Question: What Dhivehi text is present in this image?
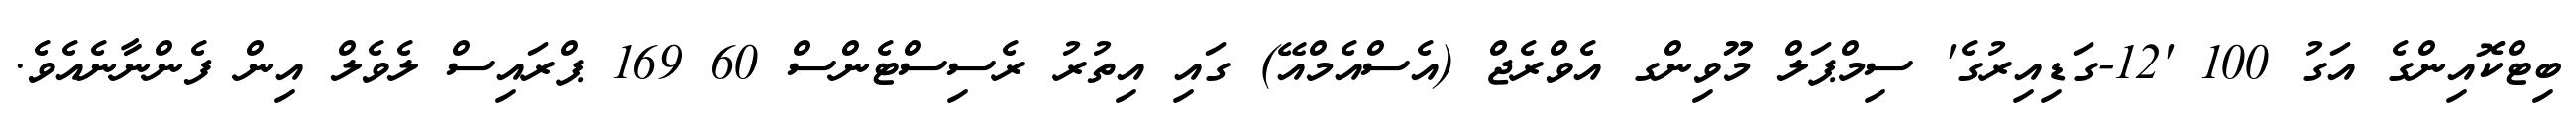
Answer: ބިޓްކޮއިންގެ އަގު 100 '12-ގަޑިއިރުގެ' ސިމްޕަލް މޫވިންގ އެވްރެޖް (އެސްއެމްއޭ) ގައި އިތުރު ރެސިސްޓެންސް 60 169 ޕްރައިސް ލެވެލް އިން ފެންނާނެއެވެ.